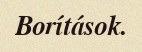
Borítások.